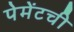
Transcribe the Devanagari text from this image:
पेमेंटची